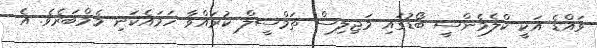
ވައްޑެ އަކީ ކްލެމެންސީ ބޯޑުގައި މަޖިލިސް ތަމްސީލް ކުރައްވާ ހަމައެކަނި މެމްބަރެވެ. އެ